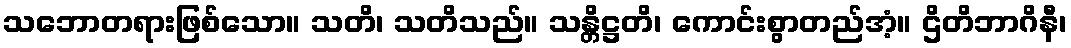
သဘောတရားဖြစ်သော။ သတိ၊ သတိသည်။ သန္တိဋ္ဌတိ၊ ကောင်းစွာတည်အံ့။ ဌိတိဘာဂိနီ၊